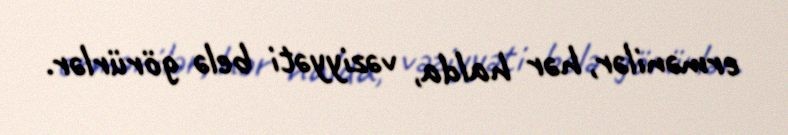
ermənilər, hər halda, vəziyyəti belə görürlər.